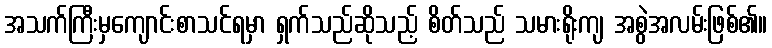
အသက်ကြီးမှကျောင်းစာသင်ရမှာ ရှက်သည်ဆိုသည့် စိတ်သည် သမားရိုးကျ အစွဲအလမ်းဖြစ်၏။